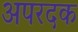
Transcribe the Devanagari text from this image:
अपरदक